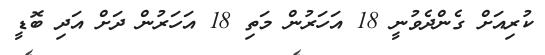
ކުރިއަށް ގެންދެވުނީ 18 އަހަރުން މަތި 18 އަހަރުން ދަށް އަދި ބޮޑީ